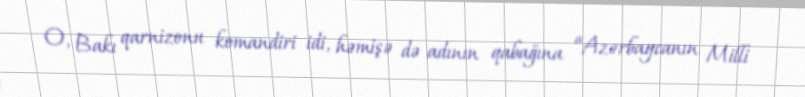
O, Bakı qarnizonu komandiri idi, həmişə də adının qabağına “Azərbaycanın Milli